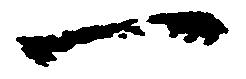
一